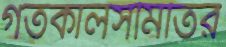
গতকালসমিতির